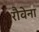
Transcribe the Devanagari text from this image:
रौवेना